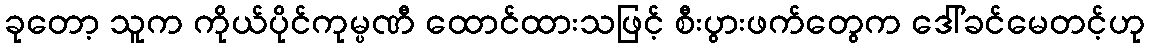
ခုတော့ သူက ကိုယ်ပိုင်ကုမ္ပဏီ ထောင်ထားသဖြင့် စီးပွားဖက်တွေက ဒေါ်ခင်မေတင့်ဟု